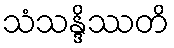
သံသန္ဒိဿတိ